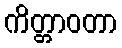
ကိတ္တာဝတာ